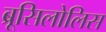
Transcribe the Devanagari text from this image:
ब्रूसिलोलिस